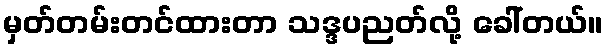
မှတ်တမ်းတင်ထားတာ သဒ္ဒပညတ်လို့ ခေါ်တယ်။